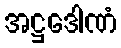
အဋ္ဌဒေါဏံ